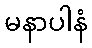
မနာပါနံ